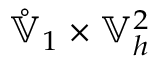
\mathring { \mathbb { V } } _ { 1 } \times \mathbb { V } _ { h } ^ { 2 }